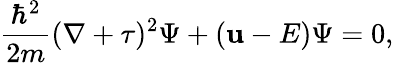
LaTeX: {\frac{\hbar^{2}}{2m}}(\nabla+\tau)^{2}\Psi+(\mathbf{u}-E)\Psi=0,